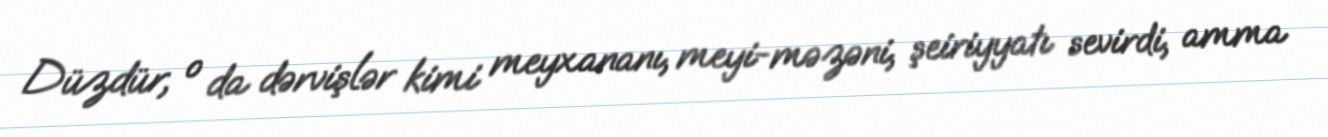
Düzdür, o da dərvişlər kimi meyxananı, meyi-məzəni, şeiriyyatı sevirdi, amma